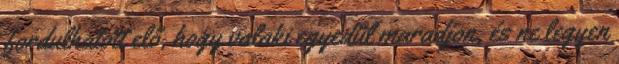
fordulhatott elő, hogy valaki egyedül maradjon, és ne legyen